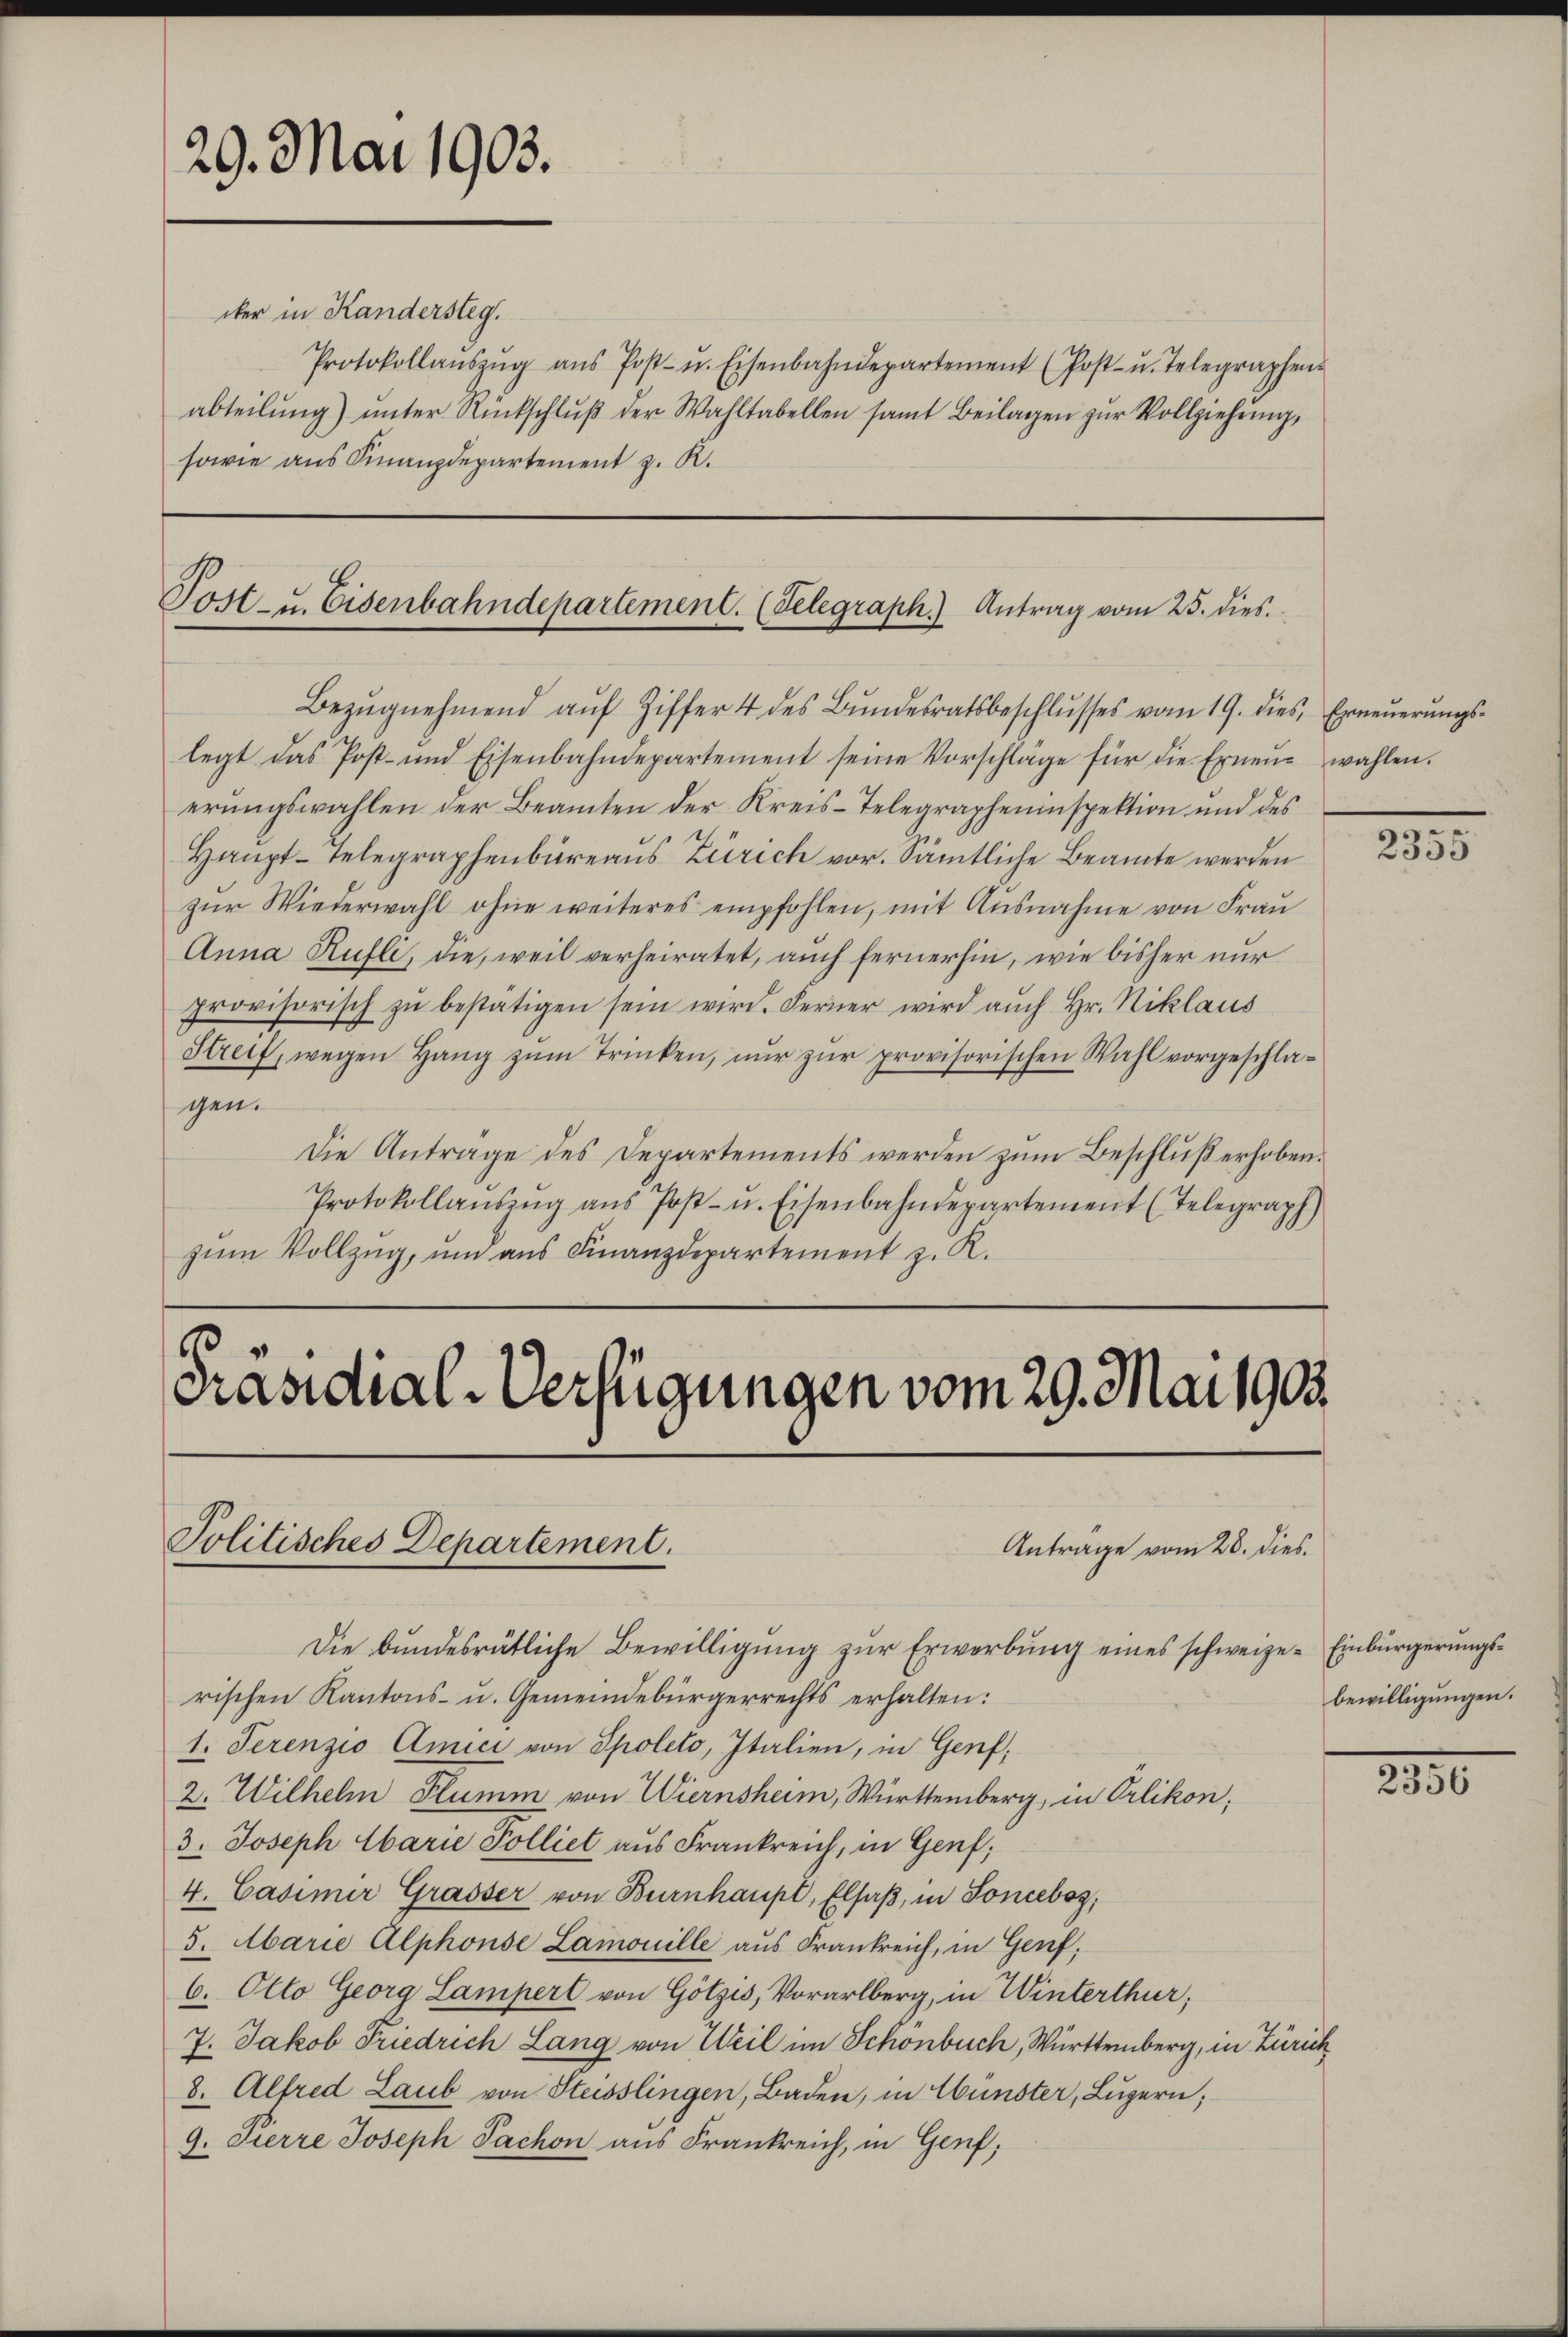
29. Mai 1903.

Post- u. Eisenbahndepartement. (Telegraph.) Antrag vom 25. dies

cker in Kandersteg.
Protokollaŭszŭg aŭs Post- u. Eisenbahndepartement (Post- u. Telegraphen-
abteilŭng ŭnter Rückschlŭβ der Wahltabellen samt Beilagen zur Vollziehung,
sowie aus Finanzdepartement z. R.

Präsidial-Verfügungen vom 29. Mai 1903.
Politisches Departement.
Antrage vom 28. dies

Bezŭgnehmend aŭf Ziffer 4 des Bŭndesratsbeschlŭsses vom 19. dies, Erneŭerŭngs-
legt das Post- und Eisenbahndepartement seine Vorschläge für die Erneŭ- wahlen.
erungswahlen der Beamten der Kreis-Telegrapheninspektion und des
Haupt-Telegraphenbureaus Zürich vor. Sämtliche Beamte werden
zŭr Wiederwahl ohne weiteres empfohlen, mit Ausnahme von Frau
Anna Rufli, die, weil verheiratet, auch fernerhin, wie bisher nur
provisorisch zŭ bestätigen sein wird. Ferner wird auch Hr. Niklaus
Streif, wegen Hang zŭm Trinken, nur zur provisorischen Wahl vorgeschlagen.
Die Antrage des Departements werden zum Beschluß erhoben.
Protokollaŭszŭg aŭs Post- u. Eisenbahndepartement (Telegraph
zŭm Vollzŭg, ŭm aŭs Finanzdepartement z. R.

Die bundesrätliche Bewilligung zur Erwerbung eines schweize- Einbürgerungsrischen Kantons- u. Gemeindebürgerrechts erhalten:
1. Serenzio Amici von Spoleto, Italien, in Genf,
2. Wilhelm Plumm von Wiernsheim, Württemberg, in Orlikon;
3. Joseph Abarie Polliet aus Frankreich, in Genf;
4. Casimir Grasser von Burnhaupt, Elsaß, in Sonceboz,
5. Marie Alphonse Lamouille aus Frankreich, in Genf;
6. Otto Georg Lamperl von Götzis, Vorarlberg, in Winterthur;
7. Jakob Friedrich Lang von Weil im Schönbuch, Württemberg, in Zürich
8. Alfred Laub von Steisslingen, Baden, in Wünster, Luzern;
9. Pierre Joseph Pachon aus Frankreich, in Genf,

.
2355

bewilligungen.

2250